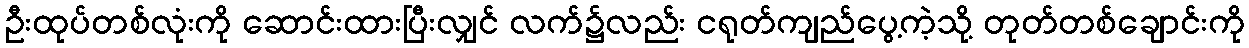
ဦးထုပ်တစ်လုံးကို ဆောင်းထားပြီးလျှင် လက်၌လည်း ငရုတ်ကျည်ပွေ့ကဲ့သို့ တုတ်တစ်ချောင်းကို